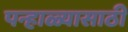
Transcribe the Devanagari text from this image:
पन्हाळ्यासाठी